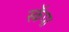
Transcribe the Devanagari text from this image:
स्कॅपा